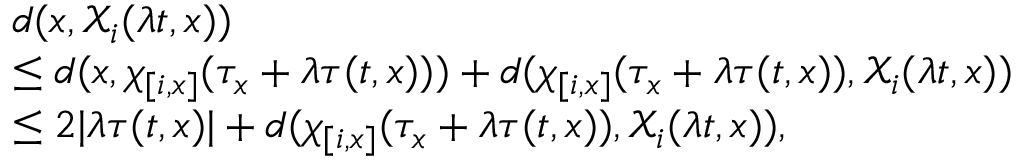
\begin{array} { r l } & { d ( x , \mathcal { X } _ { i } ( \lambda t , x ) ) } \\ & { \leq d ( x , \chi _ { [ i , x ] } ( \tau _ { x } + \lambda \tau ( t , x ) ) ) + d ( \chi _ { [ i , x ] } ( \tau _ { x } + \lambda \tau ( t , x ) ) , \mathcal { X } _ { i } ( \lambda t , x ) ) } \\ & { \leq 2 | \lambda \tau ( t , x ) | + d ( \chi _ { [ i , x ] } ( \tau _ { x } + \lambda \tau ( t , x ) ) , \mathcal { X } _ { i } ( \lambda t , x ) ) , } \end{array}